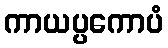
ကာယပ္ပကောပံ